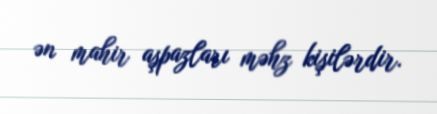
ən mahir aşpazları məhz kişilərdir.